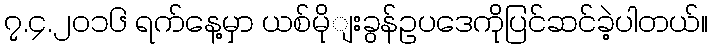
၇.၄.၂ဝ၁၆ ရက်နေ့မှာ ယစ်မိုျးခွန်ဥပဒေကိုပြင်ဆင်ခဲ့ပါတယ်။